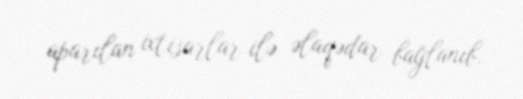
aparılan ixtisarlar ilə əlaqədar bağlanıb.